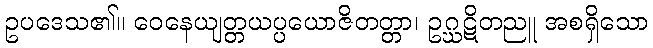
ဥပဒေသ၏။ ဝေနေယျတ္တယပ္ပယောဇိတတ္တာ၊ ဥဂ္ဃဋိတညူ အစရှိသော